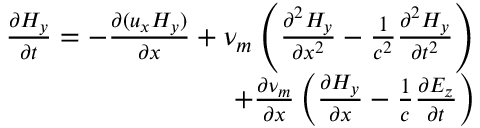
\begin{array} { r } { \frac { \partial { H _ { y } } } { \partial t } = - \frac { \partial { ( u _ { x } H _ { y } ) } } { \partial x } + \nu _ { m } \left( \frac { \partial ^ { 2 } H _ { y } } { \partial x ^ { 2 } } - \frac { 1 } { c ^ { 2 } } \frac { \partial ^ { 2 } H _ { y } } { \partial t ^ { 2 } } \right) } \\ { + \frac { \partial { \nu _ { m } } } { \partial x } \left( \frac { \partial { H _ { y } } } { \partial x } - \frac { 1 } { c } \frac { \partial { E _ { z } } } { \partial t } \right) } \end{array}